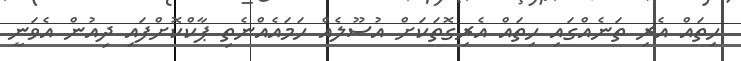
ހިތައް އެރި ތަނެއްގައި ހިތައް އެރިގޮތަކަށް އުސޫލެއް ހަމައެއްނެތި ޕާކްކޮށްފައި ދިއުން އެވަނީ